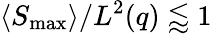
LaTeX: \langle S_{\mathrm{max}}\rangle/L^{2}(q)\lessapprox 1